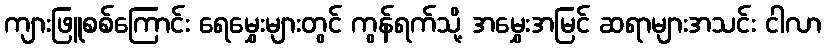
ကျားဖြူစစ်ကြောင်း ရေမွှေးများတွင် ကွန်ရက်သို့ အမွှေးအမြင် ဆရာများအသင်း ငါလာ